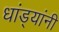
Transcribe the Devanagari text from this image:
धांड्यांनी